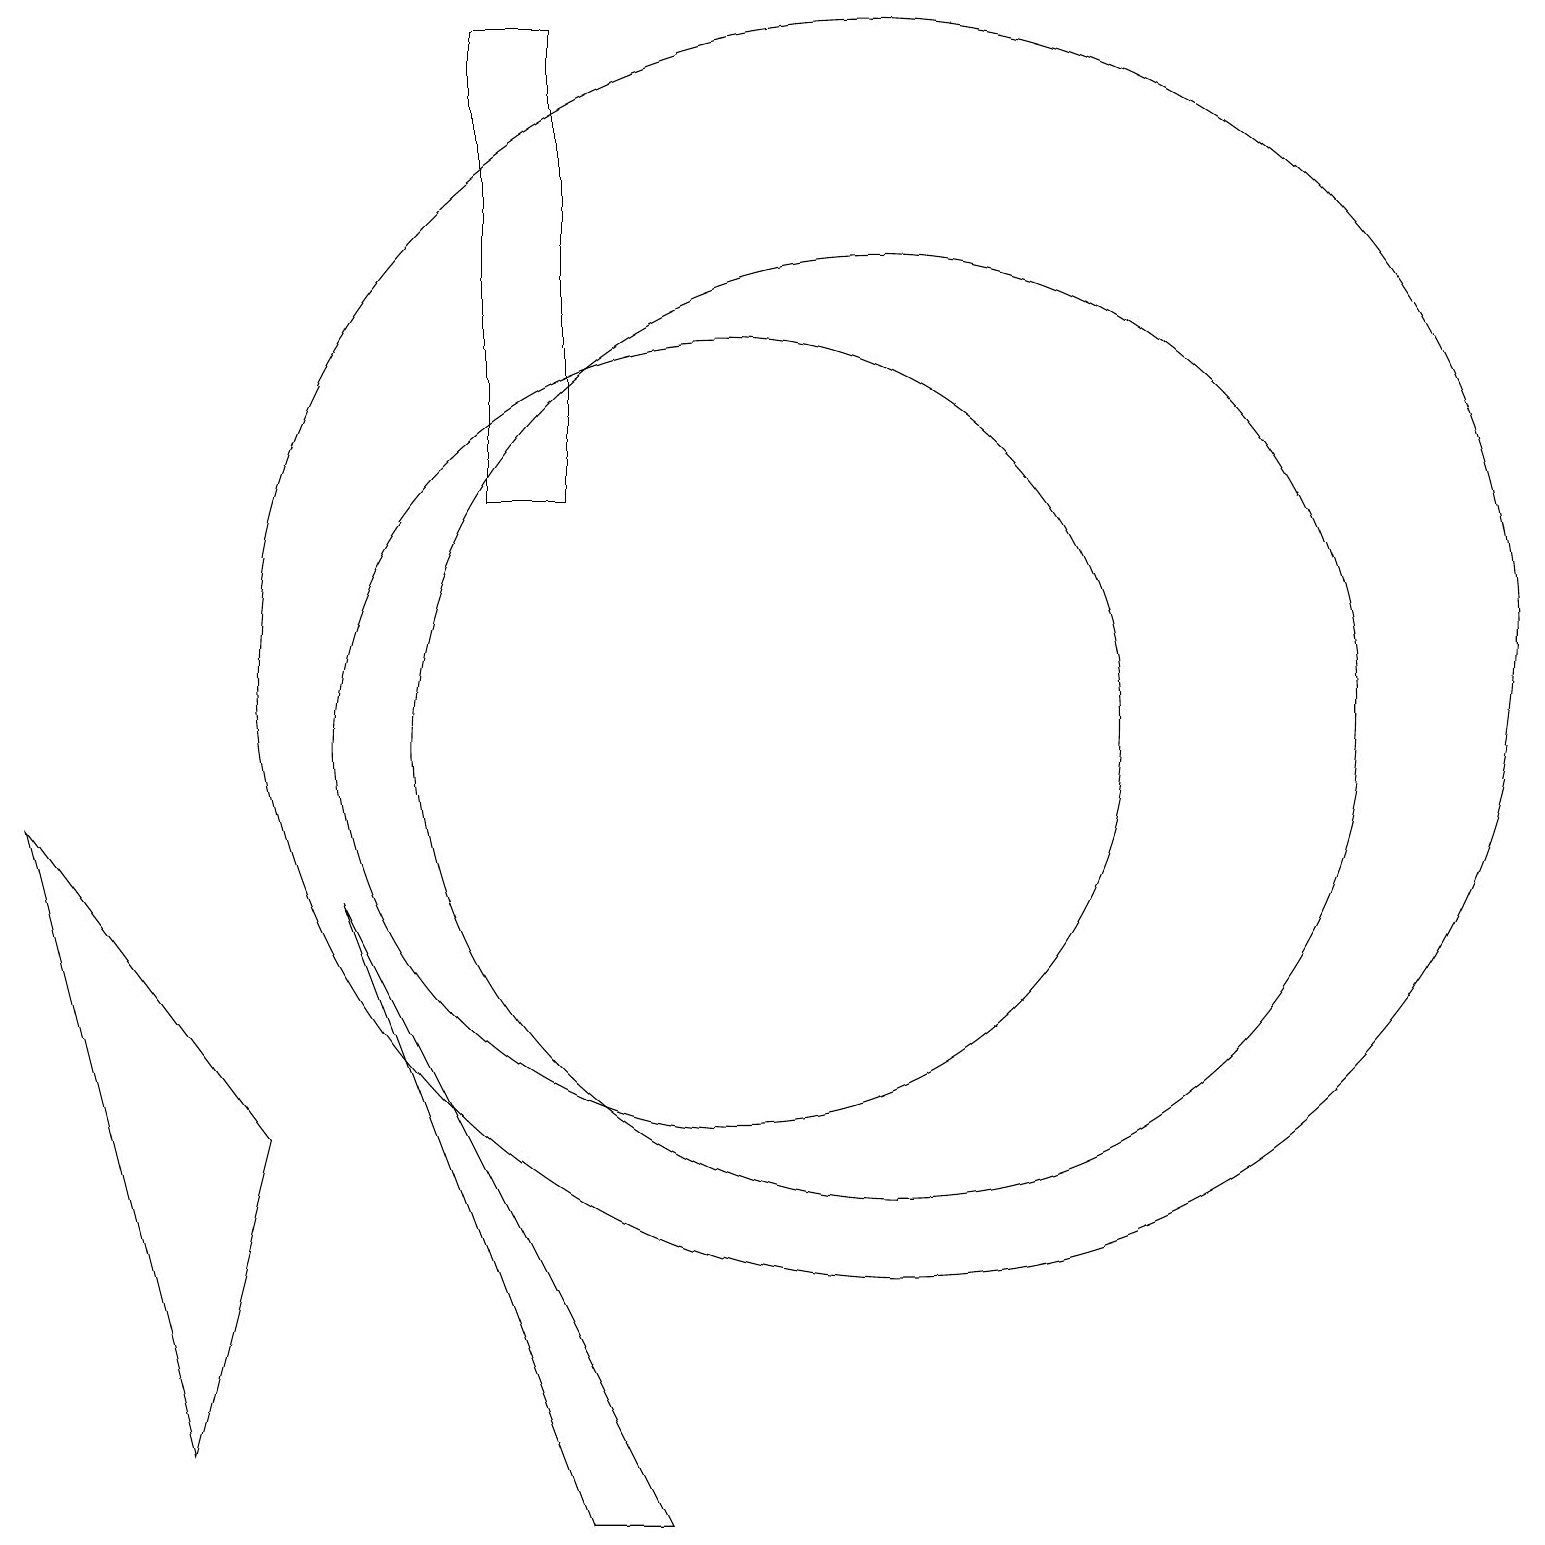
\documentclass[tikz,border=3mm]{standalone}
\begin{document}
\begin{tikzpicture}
\draw (8,0) -- (9,0) -- (5,8) -- cycle;
\draw (12,12) circle (0);
\draw (8,19) rectangle (7,13);
\draw (1,9) -- (4,5) -- (3,1) -- cycle;
\draw (12,10) circle (6);
\draw (10,10) circle (5);
\draw (12,11) circle (8);
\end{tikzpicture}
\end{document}